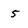
Character: 5